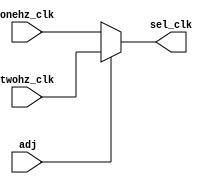
`timescale 1ns / 1ps
//////////////////////////////////////////////////////////////////////////////////
// Company: 
// Engineer: 
// 
// Design Name: 
// Module Name: chose_clk
// Project Name: 
// Target Devices: 
// Tool Versions: 
// Description: 
// 
// Dependencies: 
// 
// Revision:
// Revision 0.01 - File Created
// Additional Comments:
// 
//////////////////////////////////////////////////////////////////////////////////


module chose_clk(
//input
onehz_clk,
twohz_clk,
adj,
//output
sel_clk
    );
input onehz_clk;
input twohz_clk;
input adj;
output sel_clk;
reg clk_temp;

always @ (*) begin
    if (adj)
        clk_temp = twohz_clk;
    else
        clk_temp = onehz_clk;
end

assign sel_clk = clk_temp;

    
endmodule